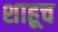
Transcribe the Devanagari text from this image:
शाहूच